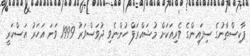
ޕާކިސްތާނުގެ ސިފައިންގެ ވެރިއަކަށް މުޝައްރަފް ހުންނެވި ދުވަސްވަރު 1999 ވަނަ އަހަރު އަސްކަރީ